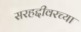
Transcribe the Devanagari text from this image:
सरहद्दीवरच्या